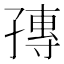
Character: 𡦕